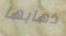
ذهابها